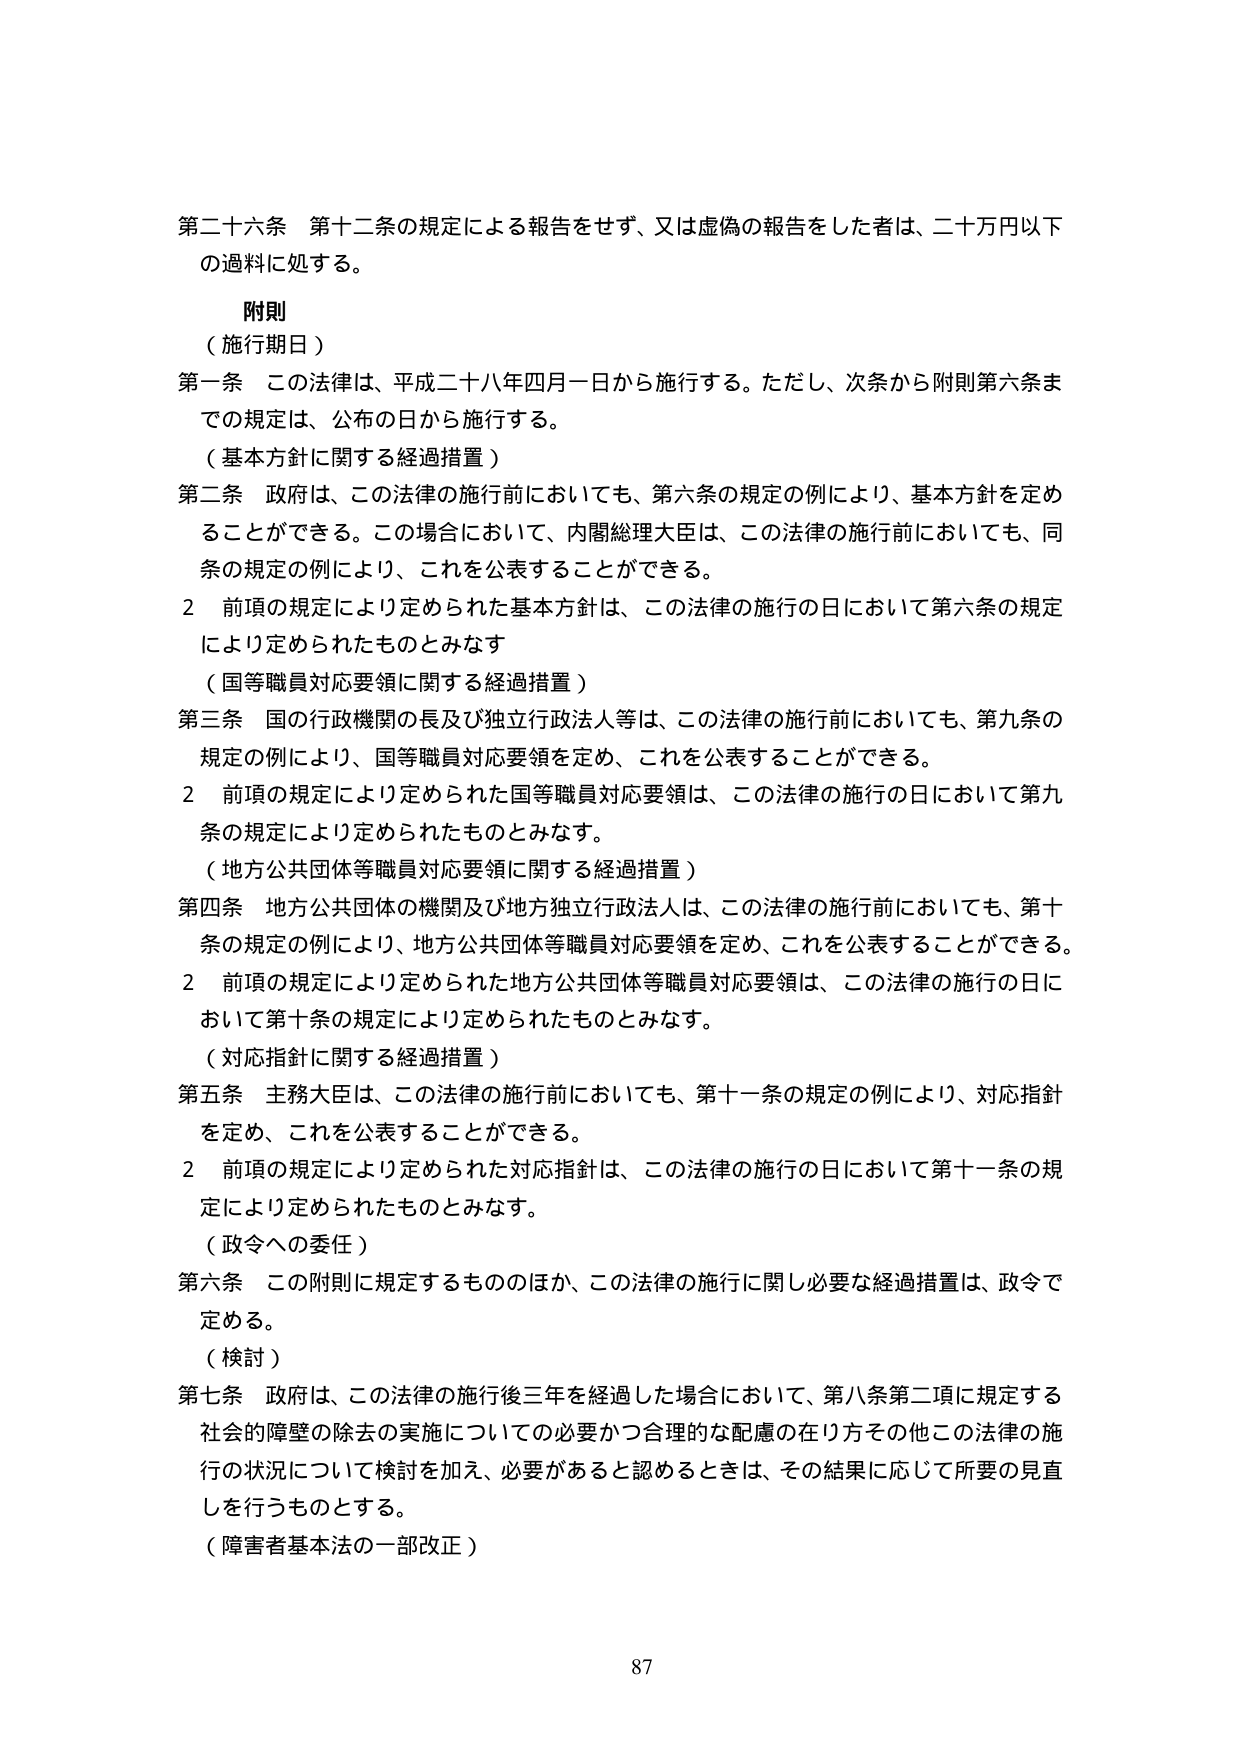
第二十六条 第十二条の規定による報告をせず、又は虚偽の報告をした者は、二十万円以下の過料に処する。

附則
（施行期日）
第一条 この法律は、平成二十八年四月一日から施行する。ただし、次条から附則第六条までの規定は、公布の日から施行する。
（基本方針に関する経過措置）
第二条 政府は、この法律の施行前においても、第六条の規定の例により、基本方針を定めることができる。この場合において、内閣総理大臣は、この法律の施行前においても、同条の規定の例により、これを公表することができる。
２ 前項の規定により定められた基本方針は、この法律の施行の日において第六条の規定により定められたものとみなす
（国等職員対応要領に関する経過措置）
第三条 国の行政機関の長及び独立行政法人等は、この法律の施行前においても、第九条の規定の例により、国等職員対応要領を定め、これを公表することができる。
２ 前項の規定により定められた国等職員対応要領は、この法律の施行の日において第九条の規定により定められたものとみなす。
（地方公共団体等職員対応要領に関する経過措置）
第四条 地方公共団体の機関及び地方独立行政法人は、この法律の施行前においても、第十条の規定の例により、地方公共団体等職員対応要領を定め、これを公表することができる。
２ 前項の規定により定められた地方公共団体等職員対応要領は、この法律の施行の日において第十条の規定により定められたものとみなす。
（対応指針に関する経過措置）
第五条 主務大臣は、この法律の施行前においても、第十一条の規定の例により、対応指針を定め、これを公表することができる。
２ 前項の規定により定められた対応指針は、この法律の施行の日において第十一条の規定により定められたものとみなす。
（政令への委任）
第六条 この附則に規定するもののほか、この法律の施行に関し必要な経過措置は、政令で定める。
（検討）
第七条 政府は、この法律の施行後三年を経過した場合において、第八条第二項に規定する社会的障壁の除去の実施についての必要かつ合理的な配慮の在り方その他この法律の施行の状況について検討を加え、必要があると認めるときは、その結果に応じて所要の見直しを行うものとする。
（障害者基本法の一部改正）

87